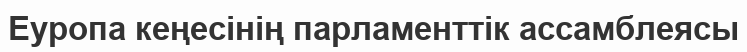
Еуропа кеңесінің парламенттік ассамблеясы